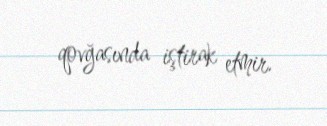
qovğasında iştirak etmir.